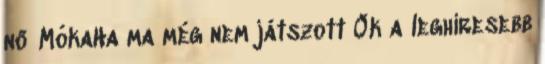
nő MókaHa ma még nem játszott Ők a leghíresebb